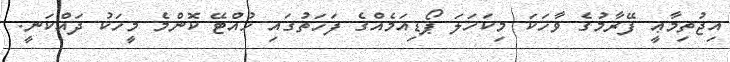
އިޖުތިމާޢީ ފޭރާމުގެ ވާހަކަ މިކަހަލަ ޕޯޑިއަމެއްގެ ފަހަތުގައި ހުއްޓޭ ކޮންމެ މީހަކު ދައްކަނީ.